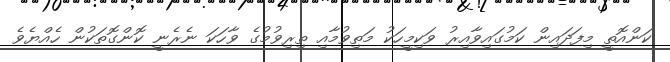
ކަންއޮތީ މިފަދައިން ކަމުގައިވާއިރު ވަކިމީހަކު މަތިވުމާއި ތިރިވުމުގެ ވާހަކަ ނެރެނީ ކޮންގޮތަކުން ހެއްޔެވެ